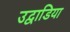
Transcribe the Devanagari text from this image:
उद्वाडिया